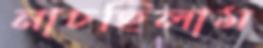
নাচছিলাম